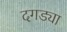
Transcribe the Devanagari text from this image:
दगड्या